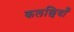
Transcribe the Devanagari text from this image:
कलछियाँ